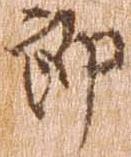
郎